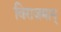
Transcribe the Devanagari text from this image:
विराजमान्